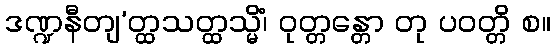
ဒဏ္ဍနီတျ’တ္ထသတ္ထသ္မိံ၊ ဝုတ္တန္တော တု ပဝတ္တိ စ။